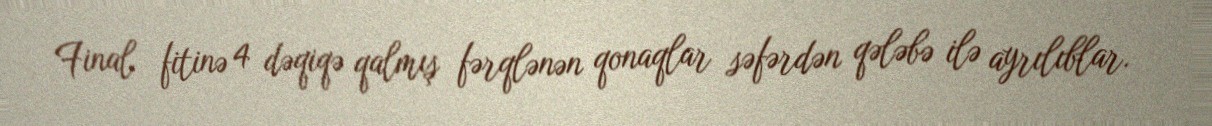
Final fitinə 4 dəqiqə qalmış fərqlənən qonaqlar səfərdən qələbə ilə ayrılıblar.